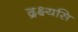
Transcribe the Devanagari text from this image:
द्रक्ष्यसि